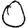
Digit: 0